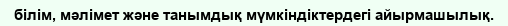
білім, мәлімет және танымдық мүмкіндіктердегі айырмашылық.